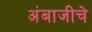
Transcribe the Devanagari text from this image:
अंबाजीचे